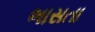
ભાસતા